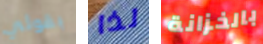
بقولي لذا بالخزانة